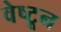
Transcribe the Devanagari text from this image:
वेष्टून